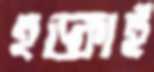
হড়্‌কাই